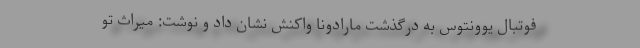
فوتبال یوونتوس به درگذشت مارادونا واکنش نشان داد و نوشت: میراث تو